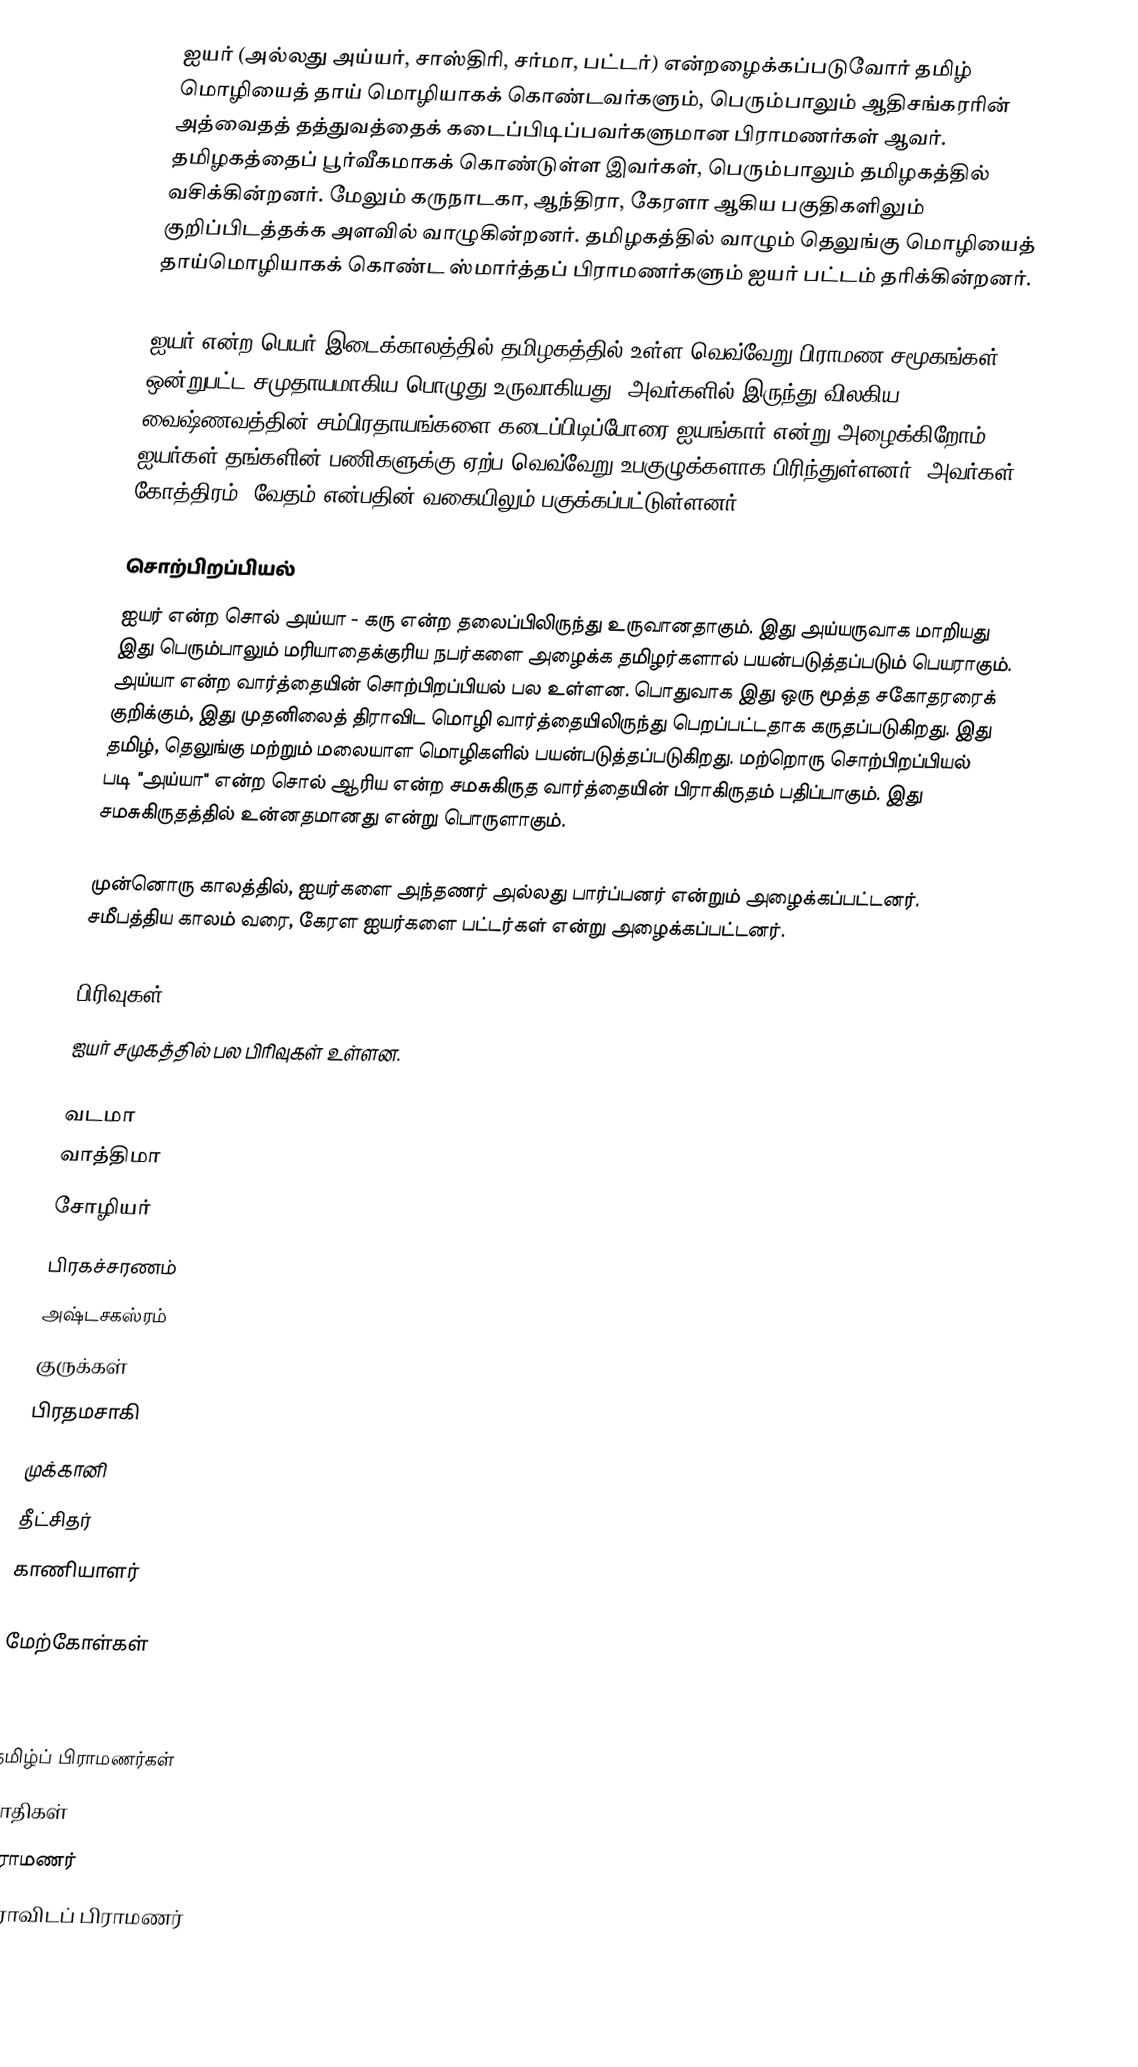
ஐயர் (அல்லது அய்யர், சாஸ்திரி, சர்மா, பட்டர்) என்றழைக்கப்படுவோர் தமிழ் மொழியைத் தாய் மொழியாகக் கொண்டவர்களும், பெரும்பாலும் ஆதிசங்கரரின் அத்வைதத் தத்துவத்தைக் கடைப்பிடிப்பவர்களுமான பிராமணர்கள் ஆவர். தமிழகத்தைப் பூர்வீகமாகக் கொண்டுள்ள இவர்கள், பெரும்பாலும் தமிழகத்தில் வசிக்கின்றனர். மேலும் கருநாடகா, ஆந்திரா, கேரளா ஆகிய பகுதிகளிலும் குறிப்பிடத்தக்க அளவில் வாழுகின்றனர். தமிழகத்தில் வாழும் தெலுங்கு மொழியைத் தாய்மொழியாகக் கொண்ட ஸ்மார்த்தப் பிராமணர்களும் ஐயர் பட்டம் தரிக்கின்றனர்.

ஐயர் என்ற பெயர் இடைக்காலத்தில் தமிழகத்தில் உள்ள வெவ்வேறு பிராமண சமூகங்கள் ஒன்றுபட்ட சமுதாயமாகிய பொழுது உருவாகியது. அவர்களில் இருந்து விலகிய வைஷ்ணவத்தின் சம்பிரதாயங்களை கடைப்பிடிப்போரை ஐயங்கார் என்று அழைக்கிறோம். ஐயர்கள் தங்களின் பணிகளுக்கு ஏற்ப வெவ்வேறு உபகுழுக்களாக பிரிந்துள்ளனர். அவர்கள் கோத்திரம், வேதம் என்பதின் வகையிலும் பகுக்கப்பட்டுள்ளனர்.

சொற்பிறப்பியல்
ஐயர் என்ற சொல் அய்யா - கரு என்ற தலைப்பிலிருந்து உருவானதாகும். இது அய்யருவாக மாறியது இது பெரும்பாலும் மரியாதைக்குரிய நபர்களை அழைக்க தமிழர்களால் பயன்படுத்தப்படும் பெயராகும். அய்யா என்ற வார்த்தையின் சொற்பிறப்பியல் பல உள்ளன. பொதுவாக இது ஒரு மூத்த சகோதரரைக் குறிக்கும், இது முதனிலைத் திராவிட மொழி வார்த்தையிலிருந்து பெறப்பட்டதாக கருதப்படுகிறது. இது தமிழ், தெலுங்கு மற்றும் மலையாள மொழிகளில் பயன்படுத்தப்படுகிறது. மற்றொரு சொற்பிறப்பியல் படி "அய்யா" என்ற சொல் ஆரிய என்ற சமசுகிருத வார்த்தையின் பிராகிருதம் பதிப்பாகும். இது சமசுகிருதத்தில் உன்னதமானது என்று பொருளாகும்.

முன்னொரு காலத்தில், ஐயர்களை அந்தணர் அல்லது பார்ப்பனர் என்றும் அழைக்கப்பட்டனர். சமீபத்திய காலம் வரை, கேரள ஐயர்களை பட்டர்கள் என்று அழைக்கப்பட்டனர்.

பிரிவுகள்
ஐயர் சமுகத்தில் பல பிரிவுகள் உள்ளன.

 வடமா
 வாத்திமா
 சோழியர்
 பிரகச்சரணம்
 அஷ்டசகஸ்ரம்
 குருக்கள்
 பிரதமசாகி
 முக்கானி
 தீட்சிதர்
 காணியாளர்

மேற்கோள்கள்

தமிழ்ப் பிராமணர்கள்
சாதிகள்
பிராமணர்
திராவிடப் பிராமணர்